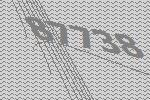
87738